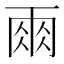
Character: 𮦆